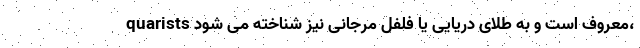
quarists معروف است و به طلای دریایی یا فلفل مرجانی نیز شناخته می شود،